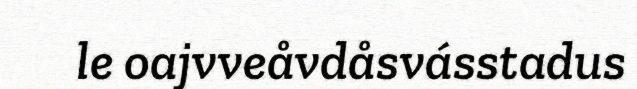
le oajvveåvdåsvásstadus